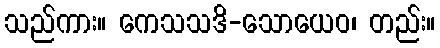
သည်ကား။ ကေသသဒိ-သောယေဝ၊ တည်း။